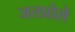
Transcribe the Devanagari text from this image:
जतप्रोले